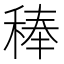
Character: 𮃉